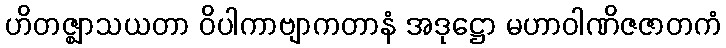
ဟိတဇ္ဈာသယတာ ဝိပါကာဗျာကတာနံ အဒုဋ္ဌော မဟာဝါဏိဇဇာတကံ